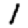
Digit: 1